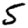
Digit: 5